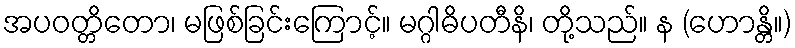
အပဝတ္တိတော၊ မဖြစ်ခြင်းကြောင့်။ မဂ္ဂါဓိပတီနိ၊ တို့သည်။ န (ဟောန္တိ။)